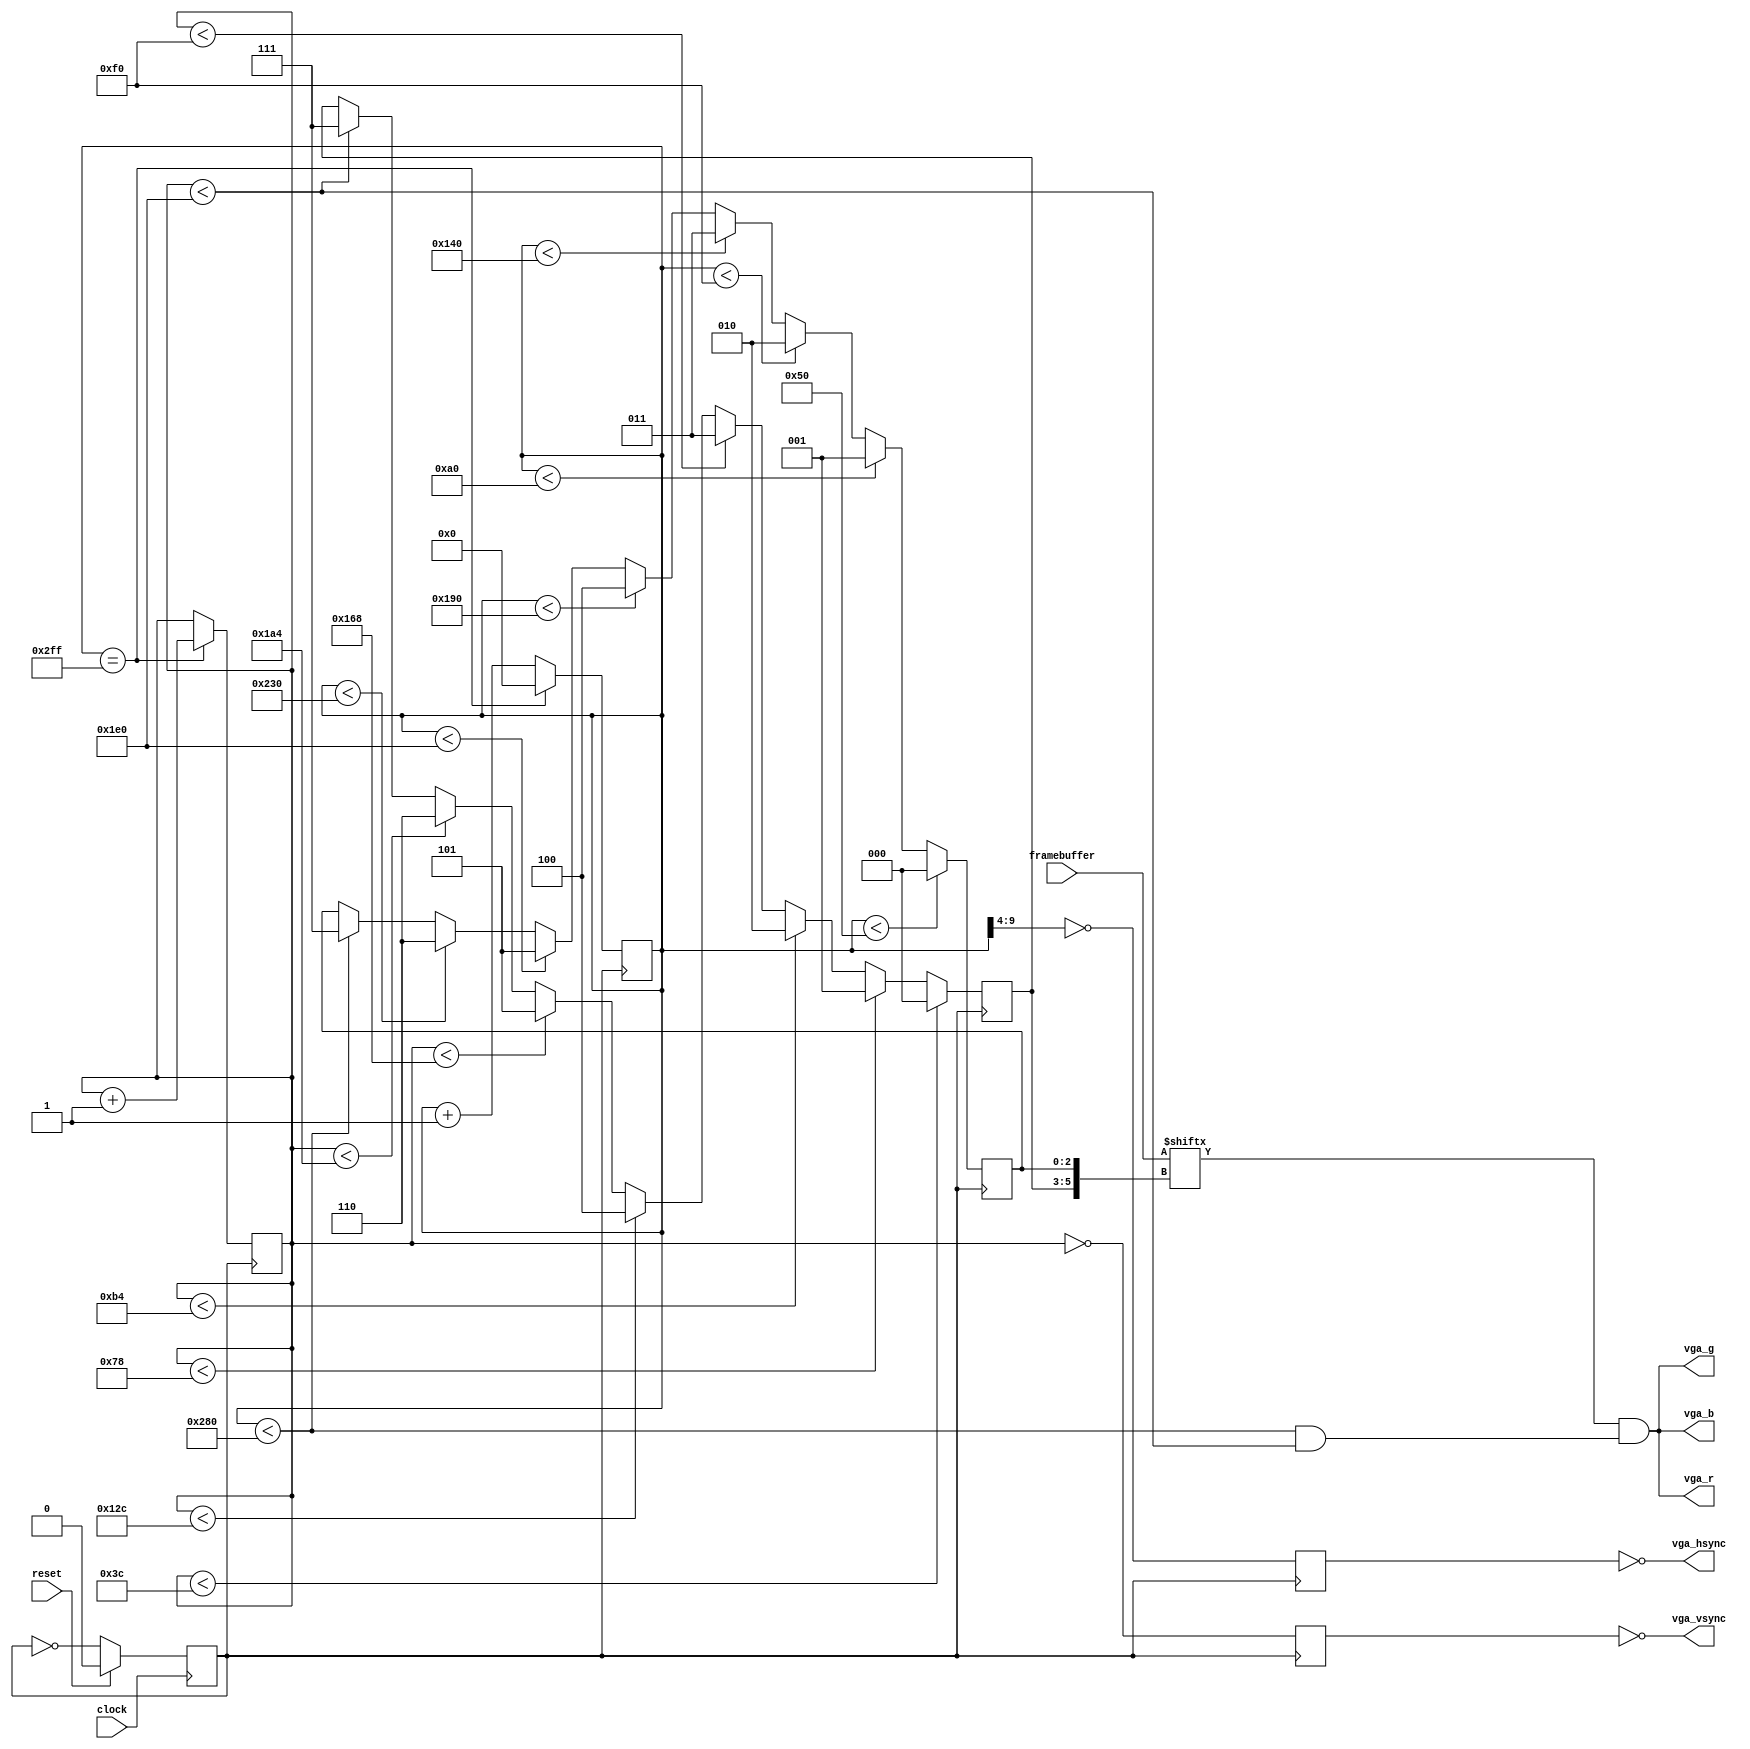
module VGA1Interface(clock,reset,framebuffer,vga_hsync,vga_vsync,vga_r,vga_g,vga_b);
   input wire         clock;
   input wire         reset;

   input wire [63:0]  framebuffer;

   output wire        vga_hsync;
   output wire        vga_vsync;
   output wire        vga_r;
   output wire        vga_g;
   output wire        vga_b;

   reg [9:0]          CounterX;
   reg [8:0]          CounterY;

   wire               value;

   reg                clock2 = 0;

   always @ (posedge clock) begin
      if (reset) begin
         clock2 = 0;
      end
      else begin
         clock2 = ~clock2;
      end
   end

   reg         vga_HS;
   reg         vga_VS;
   wire        inDisplayArea = CounterX < 640 && CounterY < 480;
   wire        CounterXmaxed = (CounterX==767);

   always @ (posedge clock2) begin
      if(CounterXmaxed) begin
         CounterX <= 0;
      end
      else begin
         CounterX <= CounterX + 1;
      end
   end
   
   always @ (posedge clock2) begin
      if(CounterXmaxed) begin
         CounterY <= CounterY + 1;
      end
   end
   
   always @ (posedge clock2) begin
      vga_HS <= (CounterX[9:4]==0);
      vga_VS <= (CounterY==0);
   end


   assign vga_hsync = ~vga_HS;
   assign vga_vsync = ~vga_VS;

   reg [2:0] ix;
   reg [2:0] iy;

   always @ (posedge clock2) begin
      if (CounterX < 80) begin
         ix = 0;
      end
      else if (CounterX < 160) begin
         ix = 1;
      end
      else if (CounterX < 240) begin
         ix = 2;
      end
      else if (CounterX < 320) begin
         ix = 3;
      end
      else if (CounterX < 400) begin
         ix = 4;
      end
      else if (CounterX < 480) begin
         ix = 5;
      end
      else if (CounterX < 560) begin
         ix = 6;
      end
      else if (CounterX < 640) begin
         ix = 7;
      end
   end // always @ (posedge clock2)

   always @ (posedge clock2) begin
      if (CounterY < 60) begin
         iy = 0;
      end
      else if (CounterY < 120) begin
         iy = 1;
      end
      else if (CounterY < 180) begin
         iy = 2;
      end
      else if (CounterY < 240) begin
         iy = 3;
      end
      else if (CounterY < 300) begin
         iy = 4;
      end
      else if (CounterY < 360) begin
         iy = 5;
      end
      else if (CounterY < 420) begin
         iy = 6;
      end
      else if (CounterY < 480) begin
         iy = 7;
      end
   end // always @ (posedge clock2)

   assign value = framebuffer[{iy,ix}];

   assign vga_r = value & inDisplayArea;
   assign vga_g = value & inDisplayArea;
   assign vga_b = value & inDisplayArea;
endmodule